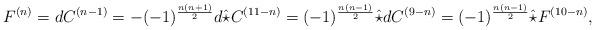
LaTeX: \begin{align*}F^{(n)} = dC^{(n-1)} = -(-1)^{\frac{n(n+1)}{2}} d\hat{\star} C^{(11-n)}= (-1)^{\frac{n(n-1)}{2}} \hat{\star} d C^{(9-n)} = (-1)^{\frac{n(n-1)}{2}} \hat{\star} F^{(10-n)},\end{align*}